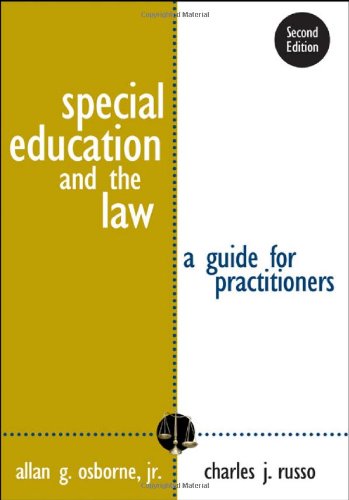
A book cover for Special Education and the Law: A Guide for Practitioners; Law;